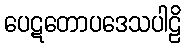
ပေဋတောပဒေသပါဠိ